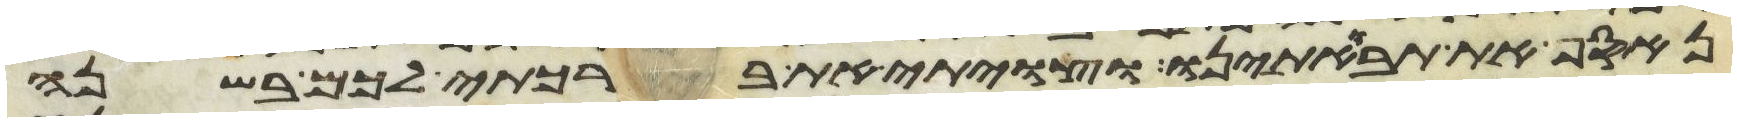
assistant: נאסף את תבואתינו וצויתי את ברכתי לכם בשנה